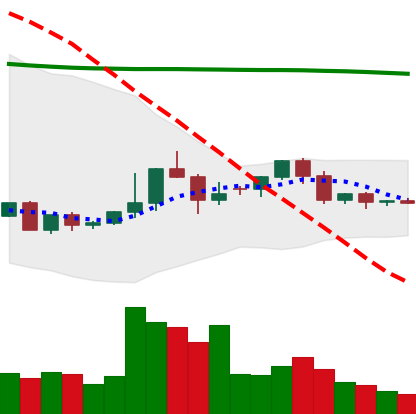
Ticker: ETC-USD
Chart end date: 2022-06-05
Forward return: -8.416%
Label: down_7plus